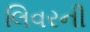
લિવરની